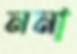
ননা